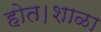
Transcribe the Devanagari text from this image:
होत।शाळा